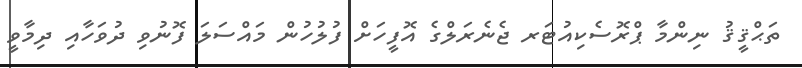
ތަޙްޤީޤު ނިންމާ ޕްރޮސެކިއުޓަރ ޖެނެރަލްގެ އޮފީހަށް ފުލުހުން މައްސަލަ ފޮނުވި ދުވަހާއި ދިމާވީ